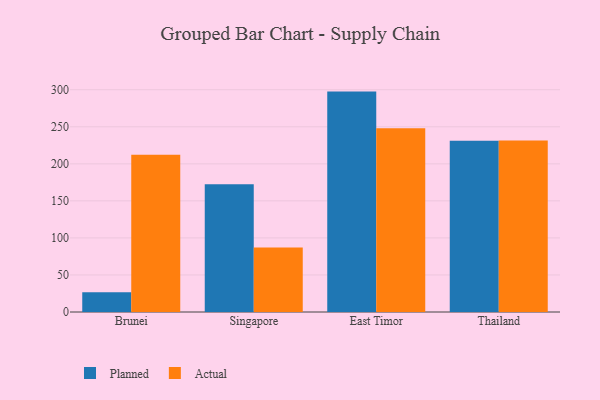
{"axis": {"x": "Country", "y": "Production Output"}, "legend": ["Actual", "Planned"], "data": [{"x": "Brunei", "y": 26.8, "type": "Planned"}, {"x": "Brunei", "y": 212.3, "type": "Actual"}, {"x": "Singapore", "y": 172.3, "type": "Planned"}, {"x": "Singapore", "y": 86.9, "type": "Actual"}, {"x": "East Timor", "y": 297.5, "type": "Planned"}, {"x": "East Timor", "y": 248.0, "type": "Actual"}, {"x": "Thailand", "y": 231.2, "type": "Planned"}, {"x": "Thailand", "y": 231.4, "type": "Actual"}]}